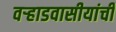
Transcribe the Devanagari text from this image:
वर्‍हाडवासीयांची